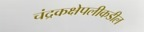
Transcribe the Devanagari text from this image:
चंद्रकक्षेपलीकडील